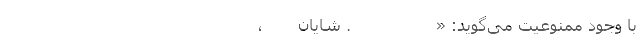
با وجود ممنوعیت می‌گوید: «                 ‌. شایان    ‌   ،